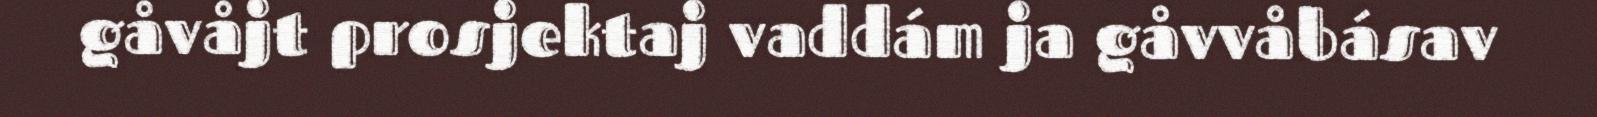
gåvåjt prosjektaj vaddám ja gåvvåbásav